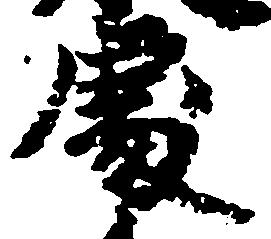
処